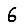
Digit: 6